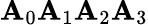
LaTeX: \mathbf{A}_{0}\mathbf{A}_{1}\mathbf{A}_{2}\mathbf{A}_{3}